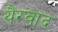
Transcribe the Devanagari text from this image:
थैरवाद